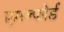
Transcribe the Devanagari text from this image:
एमन्फोर्ड